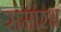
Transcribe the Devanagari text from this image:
संमारभ